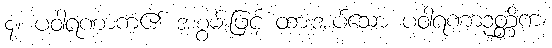
၄။ ပဝါရဏာကံ၏ အစွမ်းဖြင့် ထားအပ်သော ပဝါရဏာဉတ္တိကံ၊